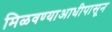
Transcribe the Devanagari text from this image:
मिळवण्याआधीपासून